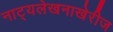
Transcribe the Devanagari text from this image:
नाट्यलेखनाखेरीज